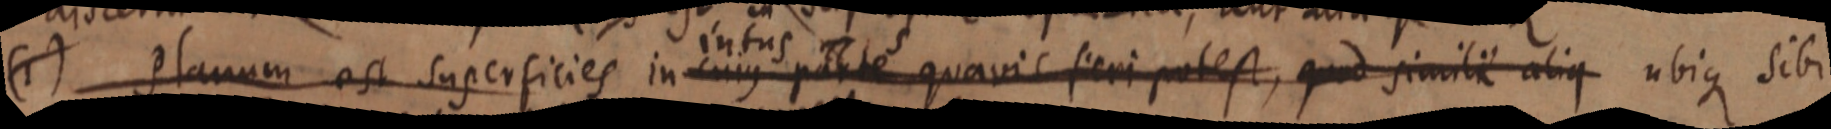
(1) Planum est superficies in cujus parte quavis fieri potest, quod simili alique ubique sibi